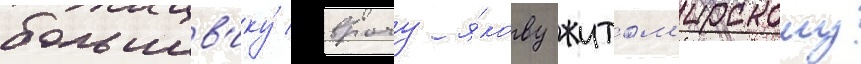
большев'ику́ врачу я́кову житом'ирскому